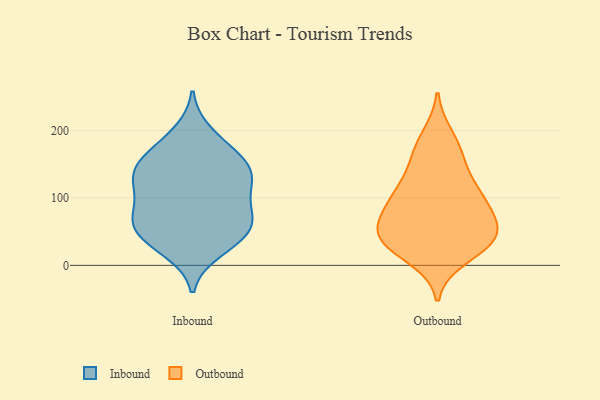
{"axis": {"x": "LTV (USD)", "y": "Value"}, "legend": ["Inbound", "Outbound"], "data": [{"x": "", "y": 197, "type": "Inbound"}, {"x": "", "y": 96, "type": "Inbound"}, {"x": "", "y": 68, "type": "Inbound"}, {"x": "", "y": 66, "type": "Inbound"}, {"x": "", "y": 145, "type": "Inbound"}, {"x": "", "y": 179, "type": "Inbound"}, {"x": "", "y": 157, "type": "Inbound"}, {"x": "", "y": 123, "type": "Inbound"}, {"x": "", "y": 124, "type": "Inbound"}, {"x": "", "y": 147, "type": "Inbound"}, {"x": "", "y": 28, "type": "Inbound"}, {"x": "", "y": 51, "type": "Inbound"}, {"x": "", "y": 70, "type": "Inbound"}, {"x": "", "y": 115, "type": "Inbound"}, {"x": "", "y": 45, "type": "Inbound"}, {"x": "", "y": 129, "type": "Inbound"}, {"x": "", "y": 21, "type": "Inbound"}, {"x": "", "y": 81, "type": "Inbound"}, {"x": "", "y": 157, "type": "Inbound"}, {"x": "", "y": 49, "type": "Inbound"}, {"x": "", "y": 102, "type": "Outbound"}, {"x": "", "y": 37, "type": "Outbound"}, {"x": "", "y": 13, "type": "Outbound"}, {"x": "", "y": 63, "type": "Outbound"}, {"x": "", "y": 88, "type": "Outbound"}, {"x": "", "y": 38, "type": "Outbound"}, {"x": "", "y": 33, "type": "Outbound"}, {"x": "", "y": 90, "type": "Outbound"}, {"x": "", "y": 165, "type": "Outbound"}, {"x": "", "y": 119, "type": "Outbound"}, {"x": "", "y": 190, "type": "Outbound"}, {"x": "", "y": 110, "type": "Outbound"}, {"x": "", "y": 161, "type": "Outbound"}, {"x": "", "y": 56, "type": "Outbound"}, {"x": "", "y": 39, "type": "Outbound"}, {"x": "", "y": 45, "type": "Outbound"}]}